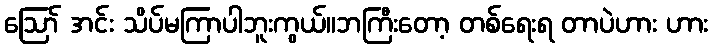
ဪ အင်း သိပ်မကြာပါဘူးကွယ်။ဘကြီးတော့ တစ်ရေးရ တာပဲဟား ဟား